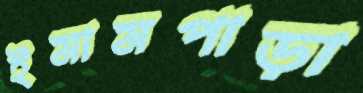
ইমামপাড়া